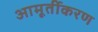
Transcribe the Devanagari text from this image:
आमूर्तीकरण